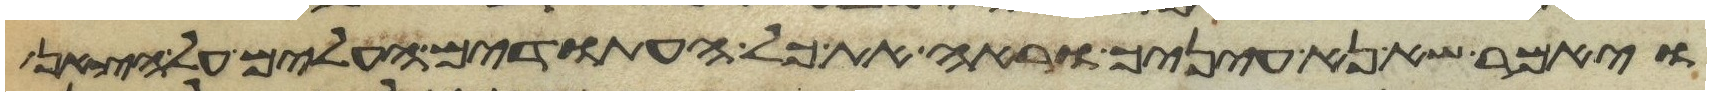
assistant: ויאמר שא נא עיניך וראה את כל העתודים העלים על הצאן